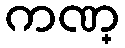
ကဏ္